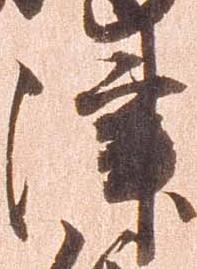
津